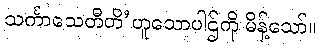
သင်္ကာသေတီတိ’ဟူသောပါဌ်ကို မိန့်သော်။